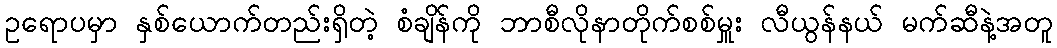
ဥရောပမှာ နှစ်ယောက်တည်းရှိတဲ့ စံချိန်ကို ဘာစီလိုနာတိုက်စစ်မှူး လီယွန်နယ် မက်ဆီနဲ့အတူ